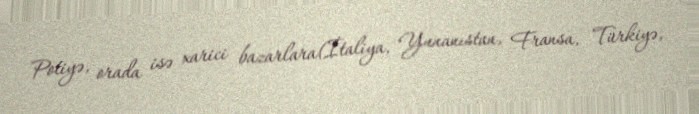
Potiyə, orada isə xarici bazarlara(İtaliya, Yunanıstan, Fransa, Türkiyə,